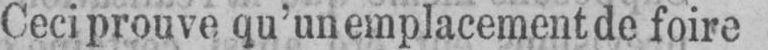
Ceci prouve qu’un emplacement de foire